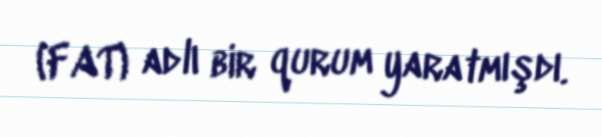
(FAT) adlı bir qurum yaratmışdı.